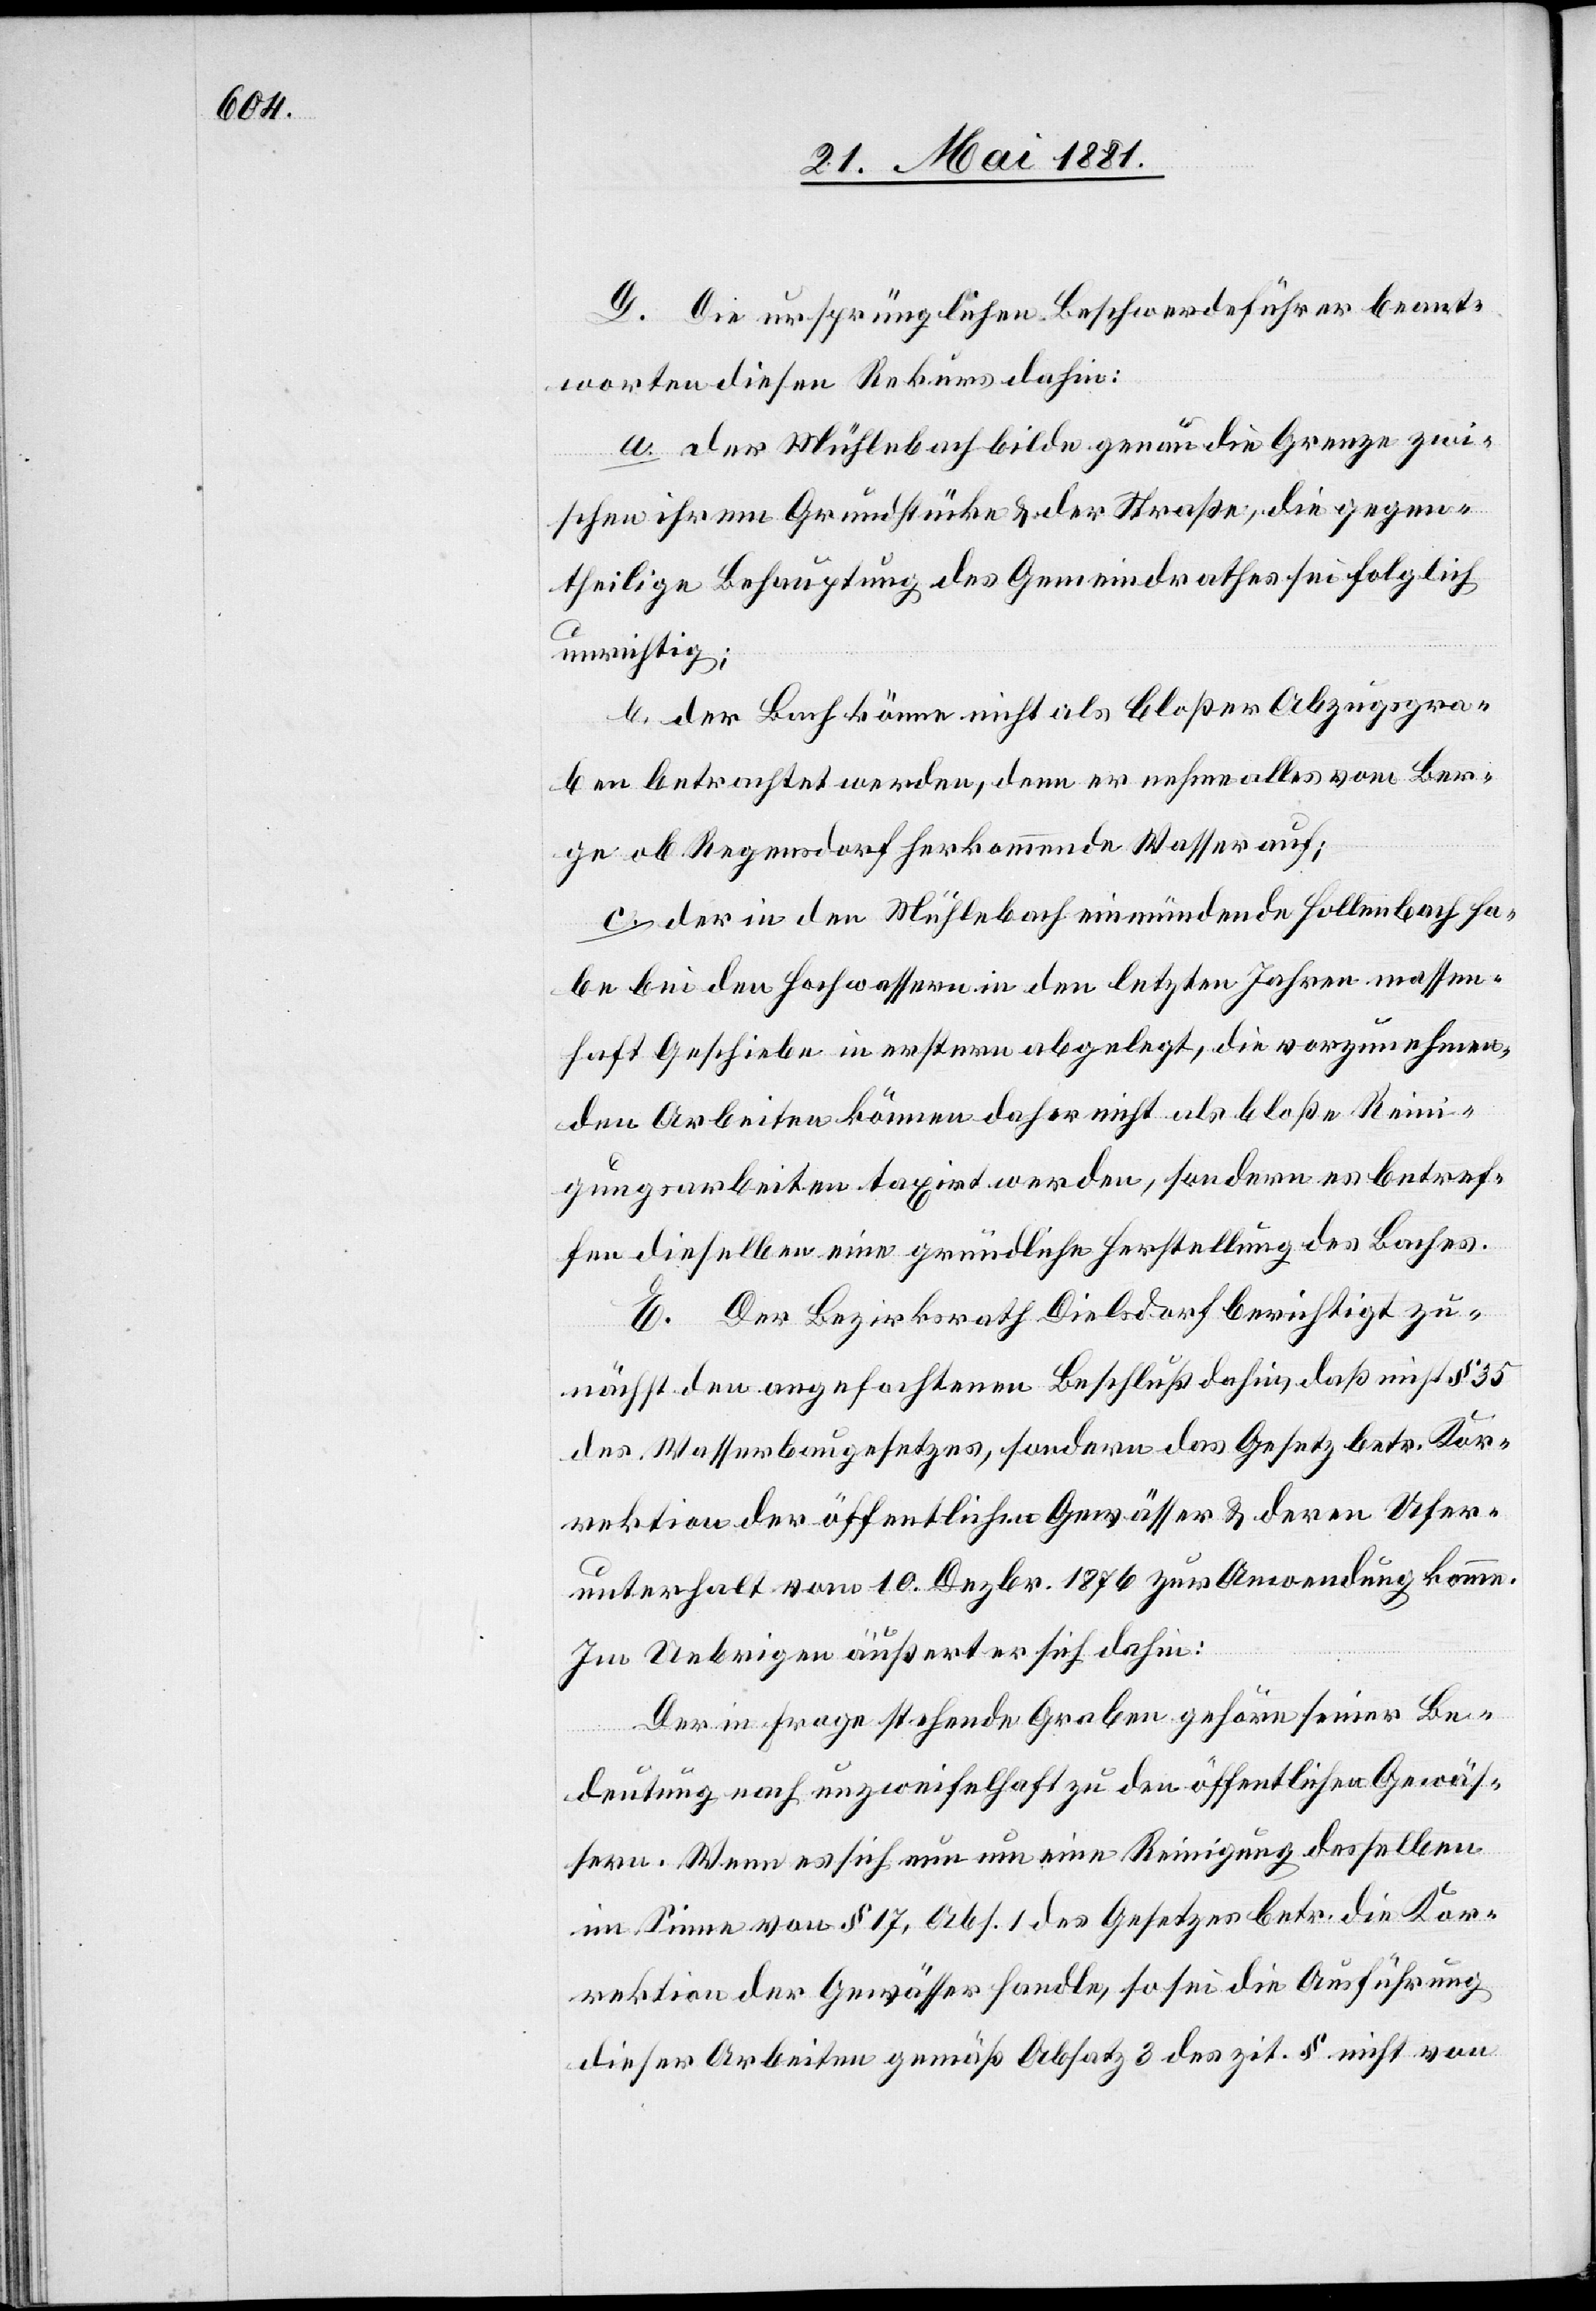
D. Die ursprünglichen Beschwerdeführer beant¬
worten diesen Rekurs dahin:
a. der Mühlebach bilde genau die Grenze zwi¬
schen ihrem Grundstücke & der Straße, die gegen¬
theilige Behauptung des Gemeindrathes sei folglich
unrichtig;
b. der Bach könne nicht als bloßer Abzugsgra¬
ben betrachtet werden, denn er nehme alles vom Ber¬
ge ob Regensdorf herkommende Wasser auf;
c. der in den Mühlebach einmündende Hollenbach ha¬
be bei den Hochwassern in den letzten Jahren massen¬
haft Geschiebe in erstern abgelegt, die vorzunehmen¬
den Arbeiten können daher nicht als bloße Reini¬
gungsarbeiten taxirt werden, sondern es betref¬
fen dieselben eine gründliche Herstellung des Baches.
E. Der Bezirksrath Dielsdorf berichtigt zu¬
nächst den angefochtenen Beschluß dahin daß nicht § 35
des Wasserbaugesetztes, sondern das Gesetzt betr. Kor¬
rektion der öffentlichen Gewässer & deren Ufer¬
unterhalt vom 10. Dezbr. 1876 zur Anwendung komme.
Im Uebrigen äußert er sich dahin:
Der in Frage stehende Graben gehöre seiner Be¬
deutung nach unzweifelhaft zu den öffentlichen Gewäs¬
sern. Wenn es sich nun um eine Reinigung desselben
im Sinne von § 17, Abs. 1 des Gesetzes betr. die Kor¬
rektion der Gewässer handle, so sei die Ausführung
dieser Arbeiten gemäß Absatz 3 des zit. § nicht von